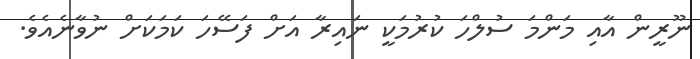
ނޫރީން އާއި މަންމަ ސުލްހަ ކުރުމަކީ ނައިރާ އަށް ފަސޭހަ ކަމަކަށް ނުވާނެއެވެ.